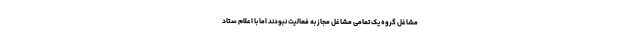
مشاغل گروه یک تمامی مشاغل مجاز به فعالیت نبودند اما با اعلام ستاد